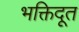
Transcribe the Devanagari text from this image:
भक्तिदूत